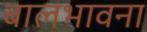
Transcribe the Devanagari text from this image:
बालभावना